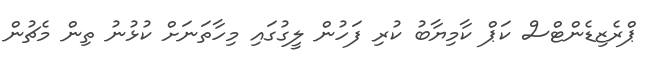
ޕްރެޒިޑެންޓްސް ކަޕް ކާމިޔާބު ކުރި ފަހުން ލީގުގައި މިހާތަނަށް ކުޅުނު ތިން މެޗުން